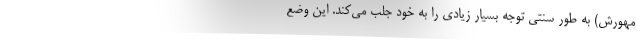
مهورش) به طور سنتی توجه بسیار زیادی را به خود جلب می‌کند. این وضع